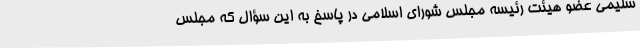
سلیمی عضو هیئت رئیسه مجلس شورای اسلامی در پاسخ به این سؤال که مجلس